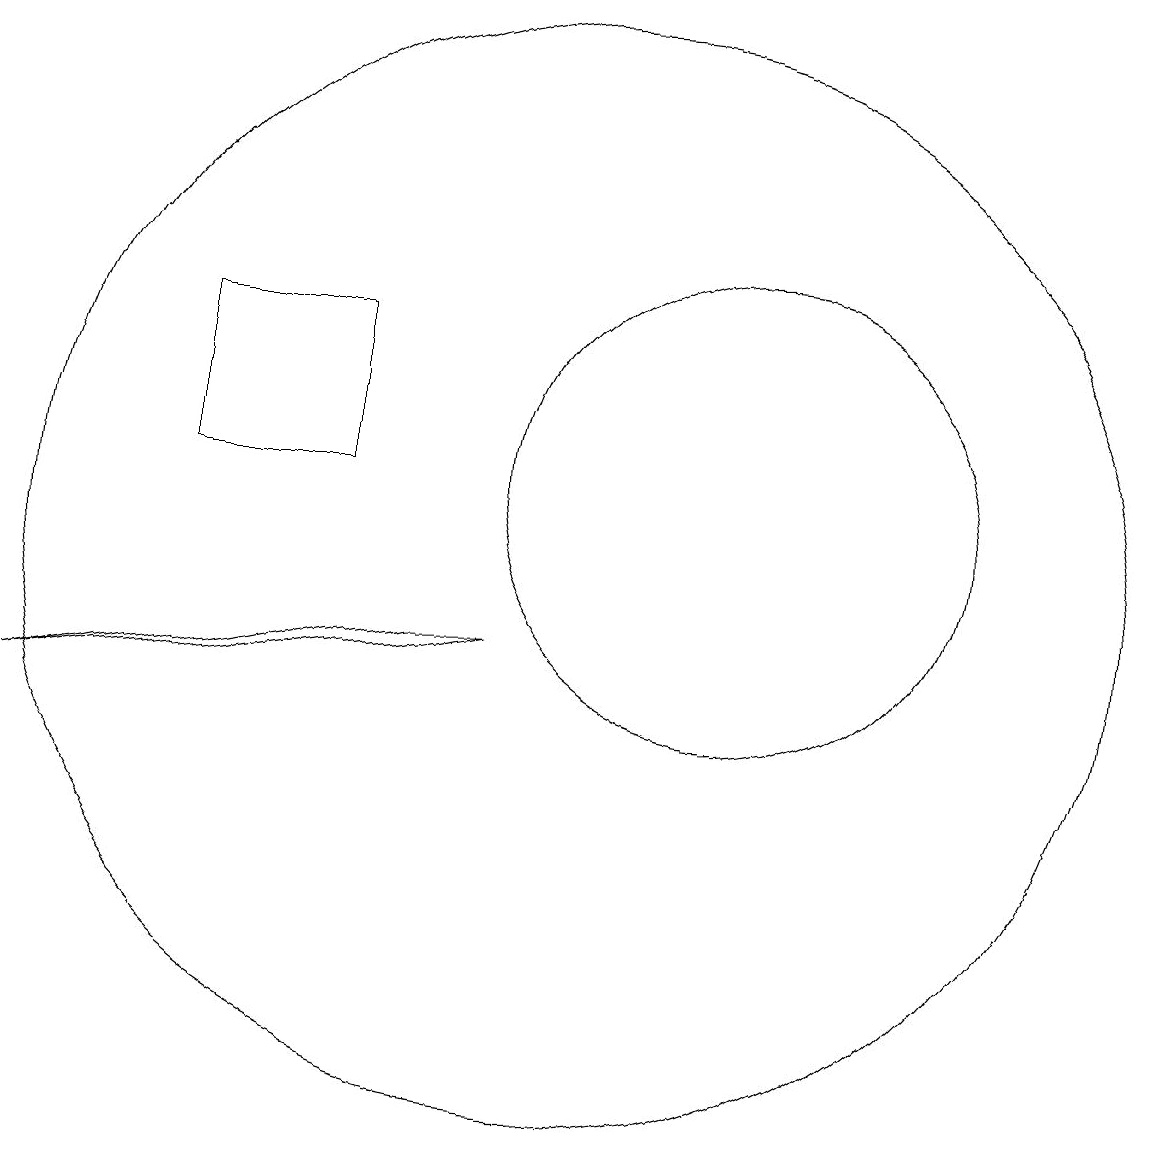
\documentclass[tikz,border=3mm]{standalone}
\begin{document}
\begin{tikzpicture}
\draw (7,13) rectangle (5,11);
\draw (10,10) circle (7);
\draw (9,9) -- (8,9) -- (3,8) -- cycle;
\draw (12,11) circle (3);
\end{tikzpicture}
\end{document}